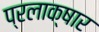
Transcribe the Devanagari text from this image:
प्रलाक्षार